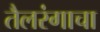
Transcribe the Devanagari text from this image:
तैलरंगाचा